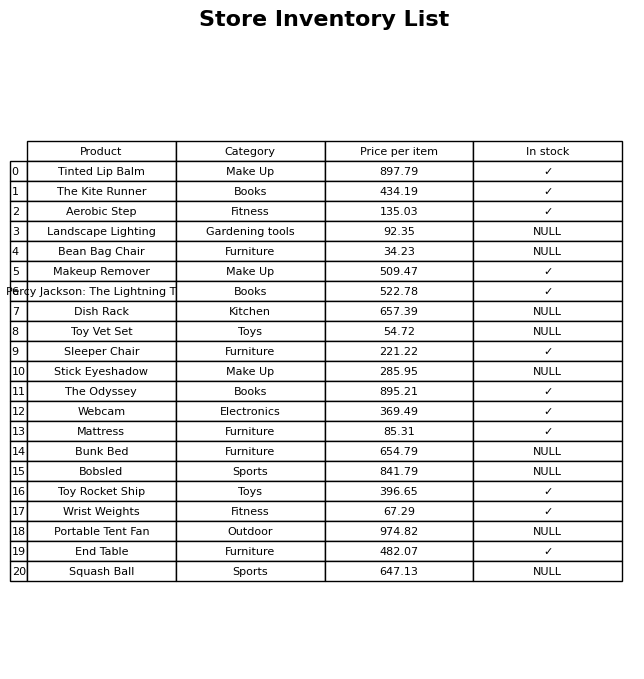
question: What is the price of the Portable Tent Fan?
answer: The price of Portable Tent Fan is 974.82.